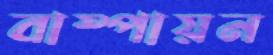
বাষ্পায়ন